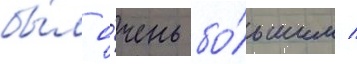
бы́л о́чень бо́льшим /